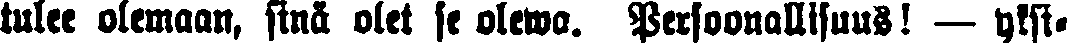
tulee olemaan, sinä olet se olewa. Persoonallisuus! — yksi-